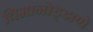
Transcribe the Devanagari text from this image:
विमानोड्डाणे